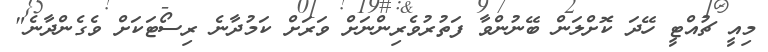
މިއީ ޗުއްޓީ ހޭދަ ކޮށްލަން ބޭނުންވާ ފަތުރުވެރިންނަށް ވަރަށް ކަމުދާނެ ރިސޯޓަކަށް ވެގެންދާނެ"